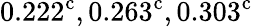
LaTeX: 0.222^{\mathrm{c}},0.263^{\mathrm{c}},0.303^{\mathrm{c}}